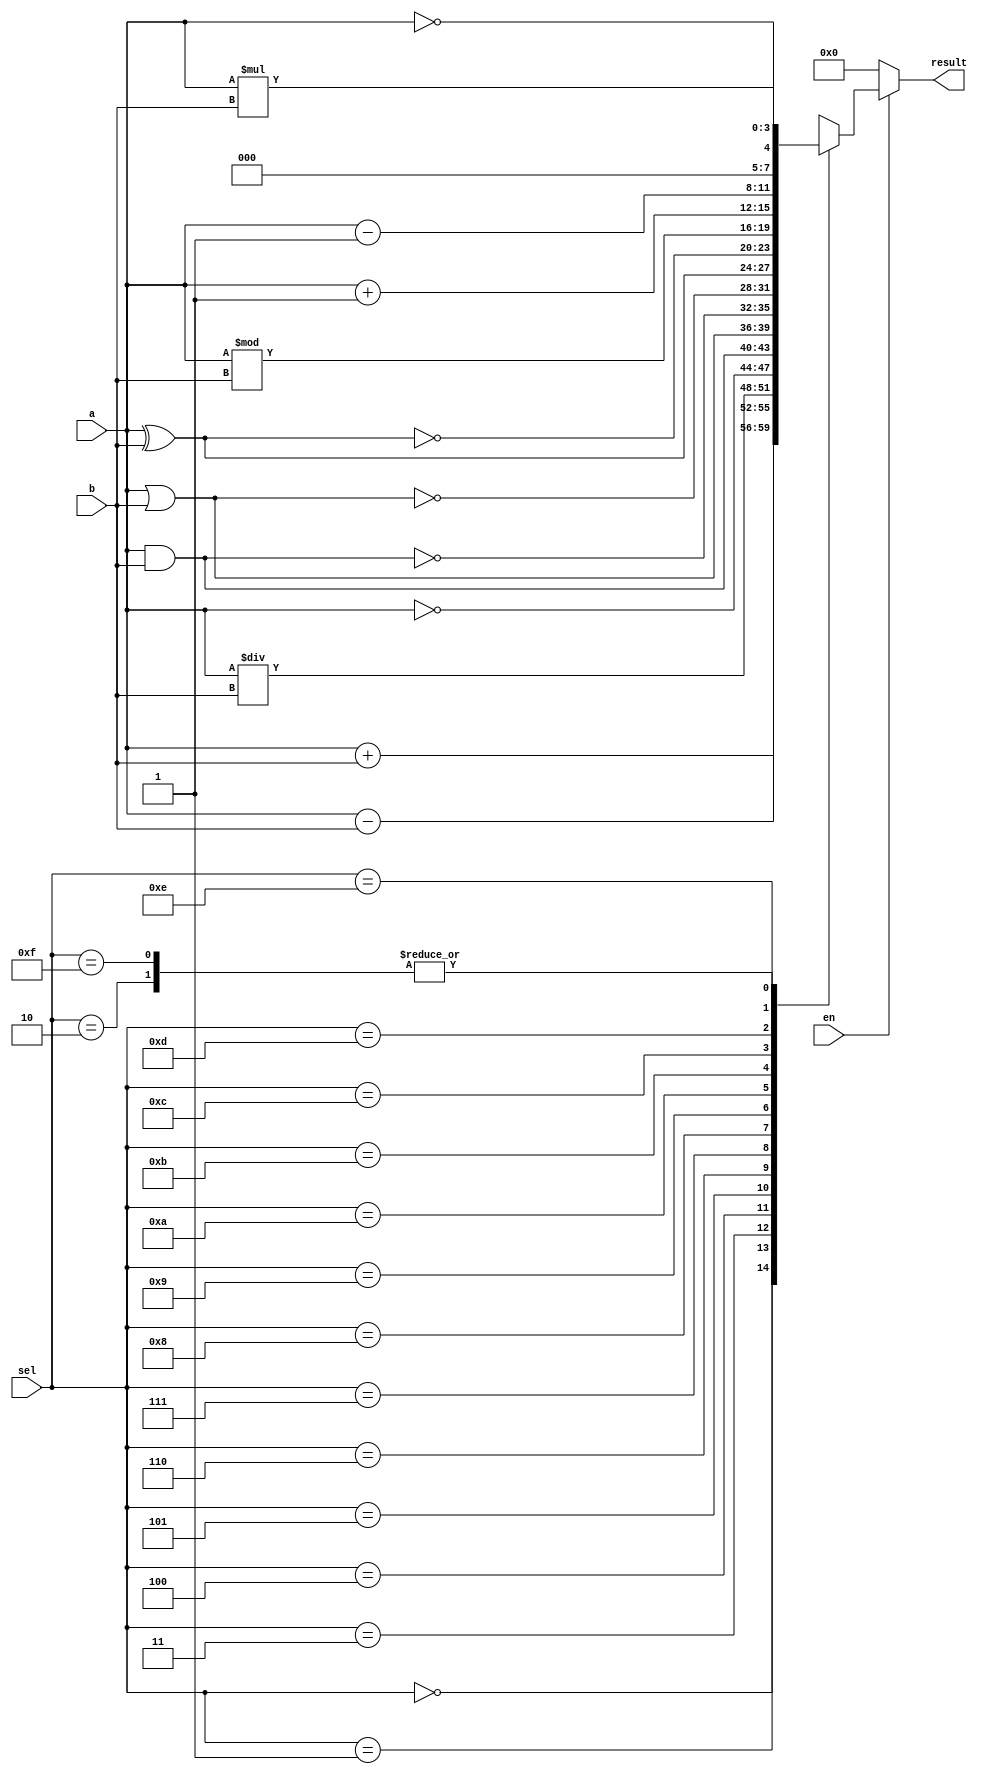
`timescale 1ns / 1ps
module alu4bit(a,b,sel,en,result);
input [3:0]a,b,sel;
input en;
output reg [3:0]result;

always@(a,b,sel,en)
begin
if(en==0)
    result=4'b0000;
else
case(sel)
    4'b0000:result=a+b;
    4'b0001:result=a-b;
    4'b0010:result=a*b;
    4'b0011:result=a/b;
    4'b0100:result=~a;
    4'b0101:result=a&b;
    4'b0110:result=a|b;
    4'b0111:result=~(a&b);
    4'b1000:result=~(a|b);
    4'b1001:result=a^b;
    4'b1010:result=~(a^b);
    4'b1011:result=a%b;
    4'b1100:result=a+1;
    4'b1101:result=a-1;
    4'b1110:result=!a;
    4'b1111:result=a*b;
    default:result=4'b0000;
    endcase
end
endmodule